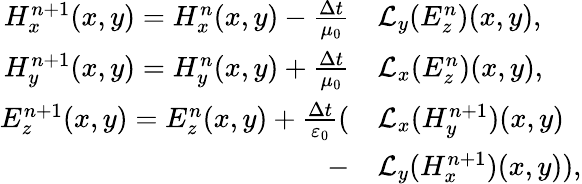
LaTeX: \begin{array}{rl}{H_{x}^{n+1}(x,y)=H_{x}^{n}(x,y)-\frac{\Delta t}{\mu_{0}}}&{\mathcal{L}_{y}(E_{z}^{n})(x,y),}\\ {H_{y}^{n+1}(x,y)=H_{y}^{n}(x,y)+\frac{\Delta t}{\mu_{0}}}&{\mathcal{L}_{x}(E_{z}^{n})(x,y),}\\ {E_{z}^{n+1}(x,y)=E_{z}^{n}(x,y)+\frac{\Delta t}{\varepsilon_{0}}(}&{\mathcal{L}_{x}(H_{y}^{n+1})(x,y)}\\ {-}&{\mathcal{L}_{y}(H_{x}^{n+1})(x,y)),}\end{array}